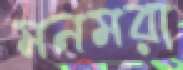
মনমরা